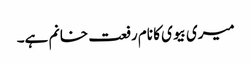
میری بیوی کا نام رفعت خانم ہے۔